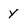
Character: Y